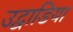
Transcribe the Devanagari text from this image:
उद्वाडिया